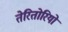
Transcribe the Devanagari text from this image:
तेरितोरियो